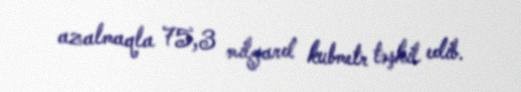
azalmaqla 75,3 milyard kubmetr təşkil edib.